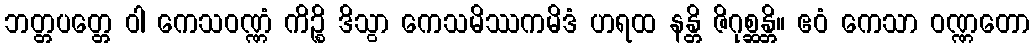
ဘတ္တပတ္တေ ဝါ ကေသဝဏ္ဏံ ကိဉ္စိ ဒိသွာ ကေသမိဿကမိဒံ ဟရထ နန္တိ ဇိဂုစ္ဆန္တိ။ ဧဝံ ကေသာ ဝဏ္ဏတော